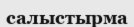
салыстырма